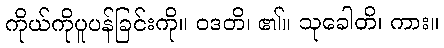
ကိုယ်ကိုပူပန်ခြင်းကို။ ဝဒတိ၊ ၏။ သုခေါတိ၊ ကား။